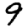
Digit: 9